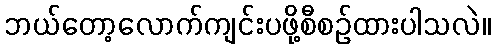
ဘယ်တော့လောက်ကျင်းပဖို့စီစဉ်ထားပါသလဲ။